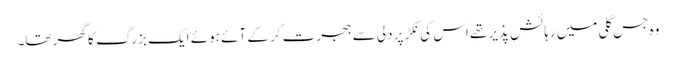
وہ جس گلی میں رہائش پذیر تھے اس کی نکڑ پر دلی سے ہجرت کر کے آئے ہوئے ایک بزرگ کا گھر تھا۔